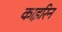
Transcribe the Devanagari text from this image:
काइरिन